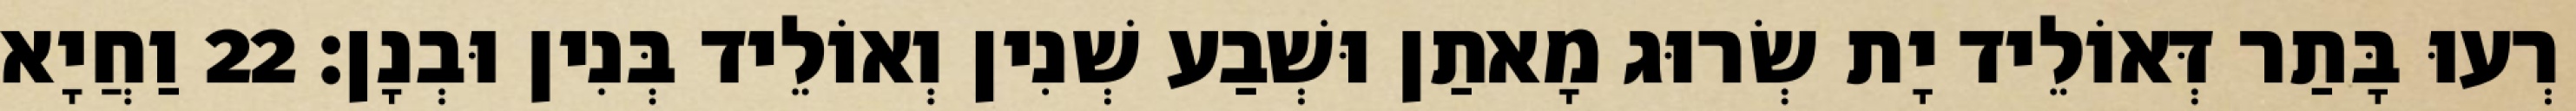
רְעוּ בָּתַר דְּאוֹלֵיד יָת שְׂרוּג מָאתַן וּשְׁבַע שְׁנִין וְאוֹלֵיד בְּנִין וּבְנָן׃ 22 וַחֲיָא